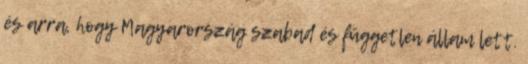
és arra, hogy Magyarország szabad és független állam lett.